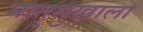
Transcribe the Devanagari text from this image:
मातृसुखाला